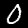
Label: 0